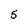
Character: 5